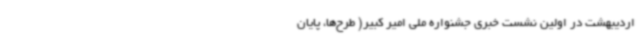
اردیبهشت در اولین نشست خبری جشنواره ملی امیر کبیر( طرح‌ها، پایان